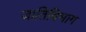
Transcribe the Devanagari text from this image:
जातिविभाग